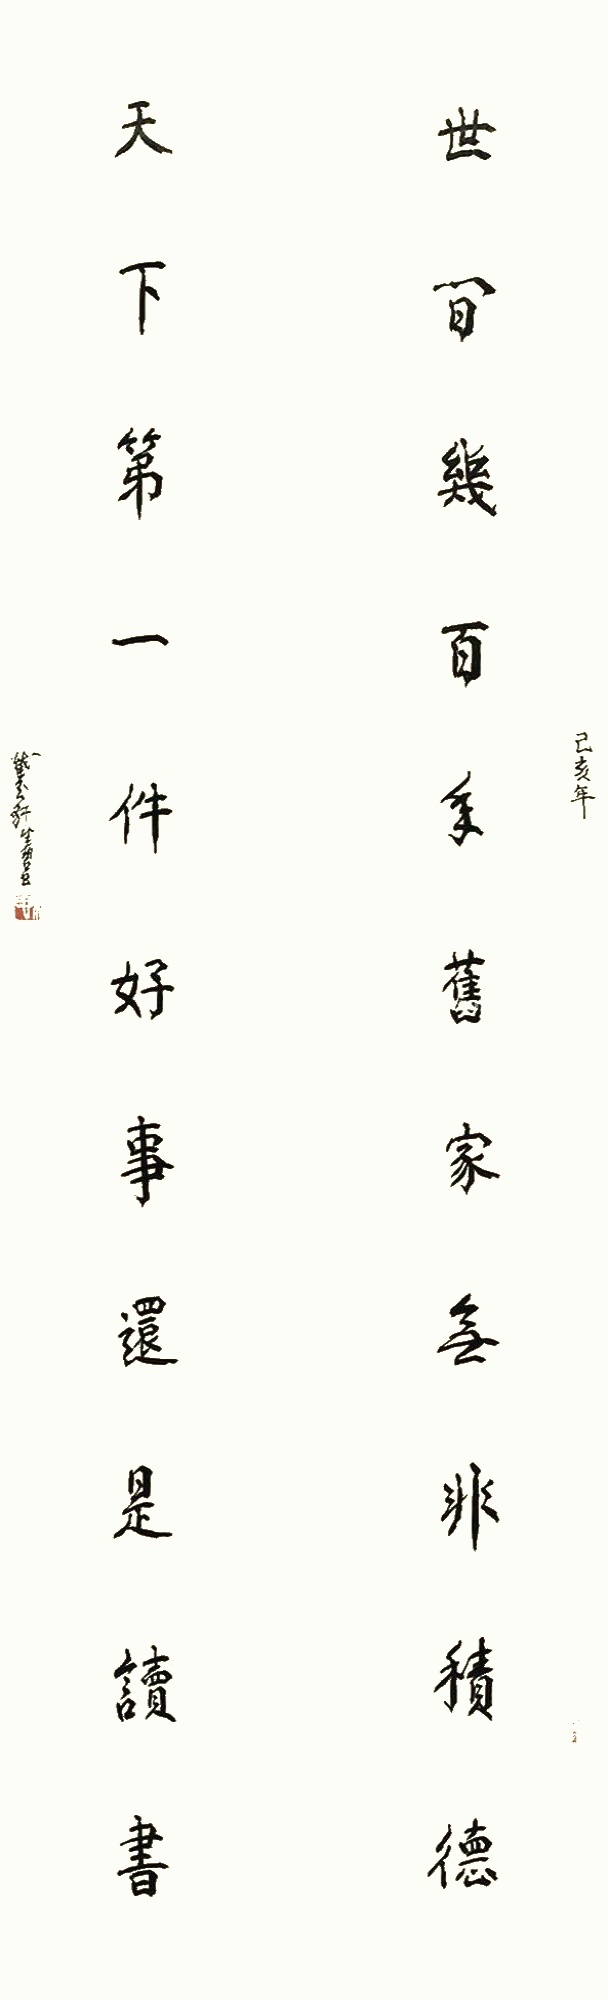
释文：世间几百年旧家无非积德，天下第一件好事还是读书。己亥年，截玉轩健碧书。